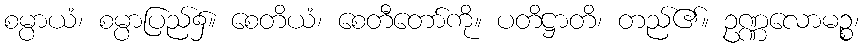
စမ္ပာယံ၊ စမ္ပာပြည်၌။ စေတိယံ၊ စေတီတော်ကို။ ပတိဋ္ဌာတိ၊ တည်၏။ ဥဏ္ဏလောမဉ္စ၊